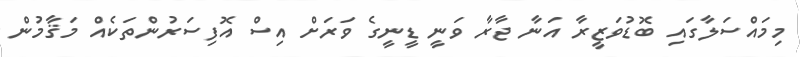
މިމައްސަލާގައި ބޮޑުވަޒީރާ އަނާ ޖާރާ ވަނީ ޑީނީގެ ވަރަށް އިސް އޮފިސަރުންތަކެއް މަޤާމުން